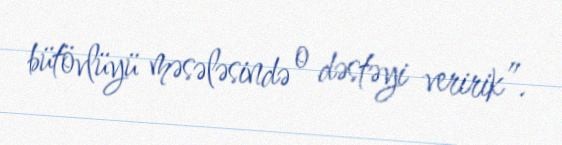
bütövlüyü məsələsində o dəstəyi veririk”.